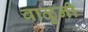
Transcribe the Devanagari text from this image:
वाळुनी